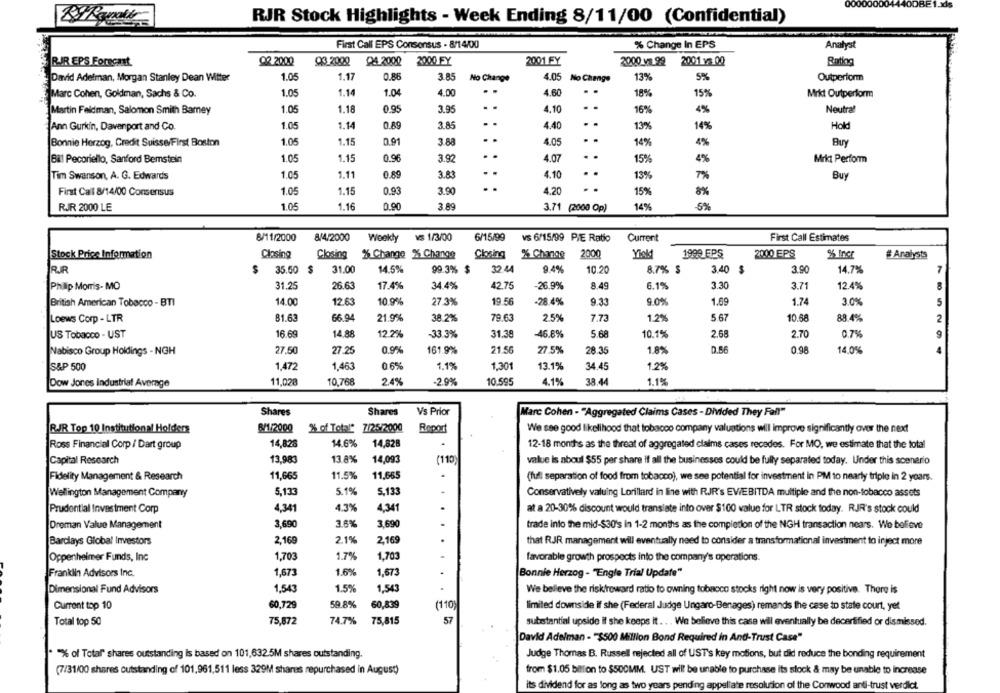
RJR Stock Highlights - Week Ending 8/11/00 (Confidential)
First Call EPS Consensus - 8/14/00
% Change In EPS
Analyst
BIR EPS Forecast
Q2 2000
03 2000
Q4 2000
2000 FY
2001 FY
2000 va 99
2001 1 00
Batiog
1.05
1.17
0.86
3.85
4.05
13%
5%
David Adelman, Morgan Stanley Dean Witter
No Change
No Change
Outperform
Marc Cohen, Goldman, Sachs & Co.
1.05
1.14
1.04
4.00
4.60
..
18%
15%
Mrkt Outperform
Martin Feldman, Salomon Smith Barney
1.05
1.18
0.95
3.95
4.10
..
16%
4%
Neutral
1.05
1.14
0.89
3.85
4.40
Hold
Ann Gurkin, Davenport and Co.
13%
14%
Bonnie Herzog, Credit Suisse First Boston
1.05
1.15
0.91
3.88
4.05
14%
4%
Buy
Bil Pecoriello, Sanford Bemstein
1.05
1.15
0.06
3.92
.
4.07
15%
4%
Mrkt Perform
..
Tim Swanson, A. G. Edwards
1.05
1.11
0.89
3.83
4.10
13%
7%
Buy
First Call 8/14/00 Consensus
1.05
1.15
0.93
3.90
4,20
15%
RJR 2000 LE
1.05
1.16
0.90
3 89
3.71 (2000 Op)
14%
5%
8/11/2000
8/4/2000
Weekly vs 1/3/00
6/15/99
VS 6/15/99 PIE Rabo
Current
First Call Estimates
Stock Price Information
Closing
Closing % Change % Change
Cbsing
% Change
2000
Yinkt
1999_EPS
2000 EPS
%% Incr
# Analysts
RR
$
35.50
$
31.00
14.5%
99.3% $
32 44
9.4%
10.20
8.7% $
3.40
$
3.90
14.7%
7
Philip Morris- MO
31.25
26.63
17.4%
34.4%
42.75
-26.9%
8.49
6.1%
3.30
3.71
12.4%
British American Tobacco - BTI
14.00
12.63
10.9%
27.3%
19.56
-28.4%
9.33
9.0%
1.69
1.74
3.0%
5
Loews Corp - LTR
81.63
66.94
21.9%
38.2%
79.63
2.5%
7.73
1.2%
5 67
10.58
88.4%
2
12.2%
2.70
9
US Tobacco - UST
16.69
14.88
-33.3%
31.38
46.8%
5.68
10.1%
2.68
0,7%
Nabisco Group Holdings - NGH
27.50
27.25
0.9%
161.9%
21.56
27.5%
28.35
1.8%
0.56
0.98
14.0%
S&P 500
1.472
1.463
06%
1.1%
1,301
13.1%
34.45
1.2%
11,028
10,768
2.4%
10.595
1.1%
Dow Jones Industrial Average
-2.9%
4.1%
38.44
Shares
Shares
Vs Prior
Marc Cohen - "Aggregated Claims Cases - Divided They Fall"
RJR Top 10 Institutional Holders
8/1/2000
% of Total" 7/25/2000
Report
We see good likelihood that tobacco company valuations will improve significantly over the next
14,826
14.6%
14,82B
Ross Financial Corp / Dart group
12-18 months as the threat of aggregated claims cases recedes. For MO, we estimate that the total
Capital Research
13.983
13.8%
14,093
(110)
value is aboul $55 per share if all the businesses could be fully separated today. Under this scenario
Fidelity Management & Research
11,665
11.5%
11.665
.
(ful separation of food from tobacco), we see potential for investment in PM to nearly triple in 2 years.
5,133
5.1%
5.133
Wellington Management Company
.
Conservatively valuing Lorillard in line with RJR's EV/EBITDA multiple and the non-tobacco assets
Prudential Investment Corp
4,341
4.3%
4,341
at a 20-30% discount would translate into over $100 value for LTR stock today. RJR's stock could
Dreman Value Management
3,690
3.6%
3,690
trade into the mid-$30's in 1-2 months as the completion of the NIGH transaction nears. We believe
2,169
2.1%
2.169
...
Barclays Global Investors
that RJR management will eventually need to consider a transformational investment to inject more
1,703
Oppenheimer Funds, Inc
1,703
1.7%
favorable growth prospects into the company's operations.
Franklin Advisors Inc.
1,673
1.6%
1,673
Bonnie Herzog - "Engle Trial Update"
Dimensional Fund Advisors
1,543
1.5%
1,543
We belleve the risk/reward ratio to owning tobacco stocks right now is very positive. There is
60,839
Current top 10
60,729
59.8%
(110)
limited downside if she (Federal Judge Ungaro-Benages) remands the case to state court, yet
Total top 50
75,872
74.7%
75,815
57
substantial upside if she keeps it ... We believe this case will eventually be decertified or dismissed.
David Adelman - "$500 Million Bond Required in And-Trust Case"
% of Total" shares outstanding is based on 101,632.5M shares outstanding.
Judge Thomas B. Russell rejected all of UST's key motions, but did reduce the bonding requirement
(7/31/00 shares outstanding of 101,961,511 less 329M shares repurchased in August)
from $1.05 billion to $500MM. UST will be unable to purchase its slock & may be unable to increase
its dividend for as long as two years pending appellate resolution of the Conwood anti-trust verdict.